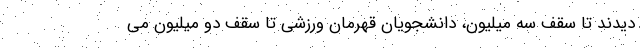
دیدند تا سقف سه میلیون، دانشجویان قهرمان ورزشی تا سقف دو میلیون می